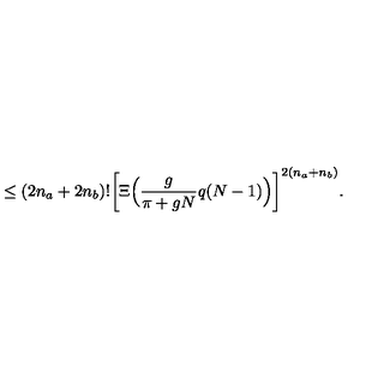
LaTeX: \leq ( 2 n _ { a } + 2 n _ { b } ) ! \bigg [ \Xi \Big ( \frac { g } { \pi + g N } q ( N - 1 ) \Big ) \bigg ] ^ { 2 ( n _ { a } + n _ { b } ) } .